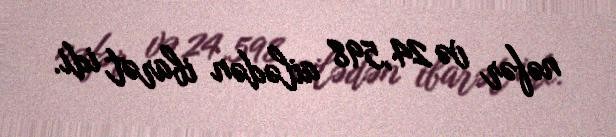
nəfər və 24,598 ailədən ibarət idi.